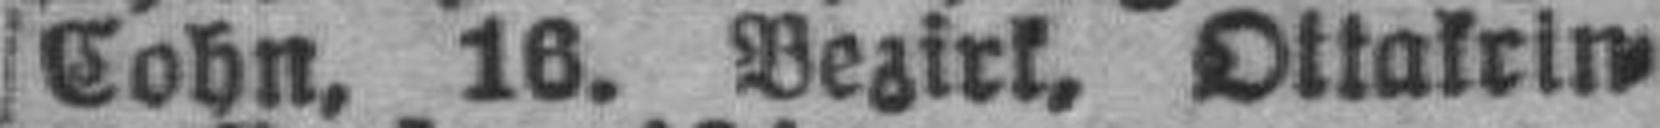
Cohn, 16. Bezirk, Ottakrin¬